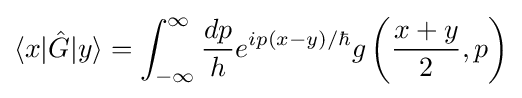
\langle x|{\hat {G}}|y\rangle =\int _{-\infty }^{\infty }{\frac {dp}{h}}e^{ip(x-y)/\hbar }g\left({\frac {x+y}{2}},p\right)